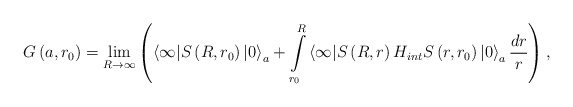
\begin{align*}G\left(a,r_0\right)=\lim\limits_{R\rightarrow \infty}\left(\left\langle \infty|S\left(R,r_0\right)|0\right\rangle_a +\int \limits_{r_0}^{R}\left\langle \infty|S\left( R ,r\right) H_{int}S\left( r,r_0\right)|0 \right\rangle _{a}\frac{dr}{r}\right) , \end{align*}